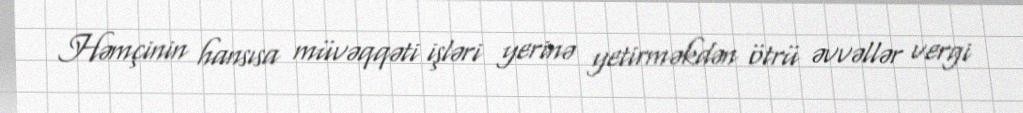
Həmçinin hansısa müvəqqəti işləri yerinə yetirməkdən ötrü əvvəllər vergi